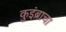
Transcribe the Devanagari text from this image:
कुइंब्राचा